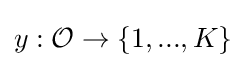
y:{\mathcal {O}}\to \{1,...,K\}